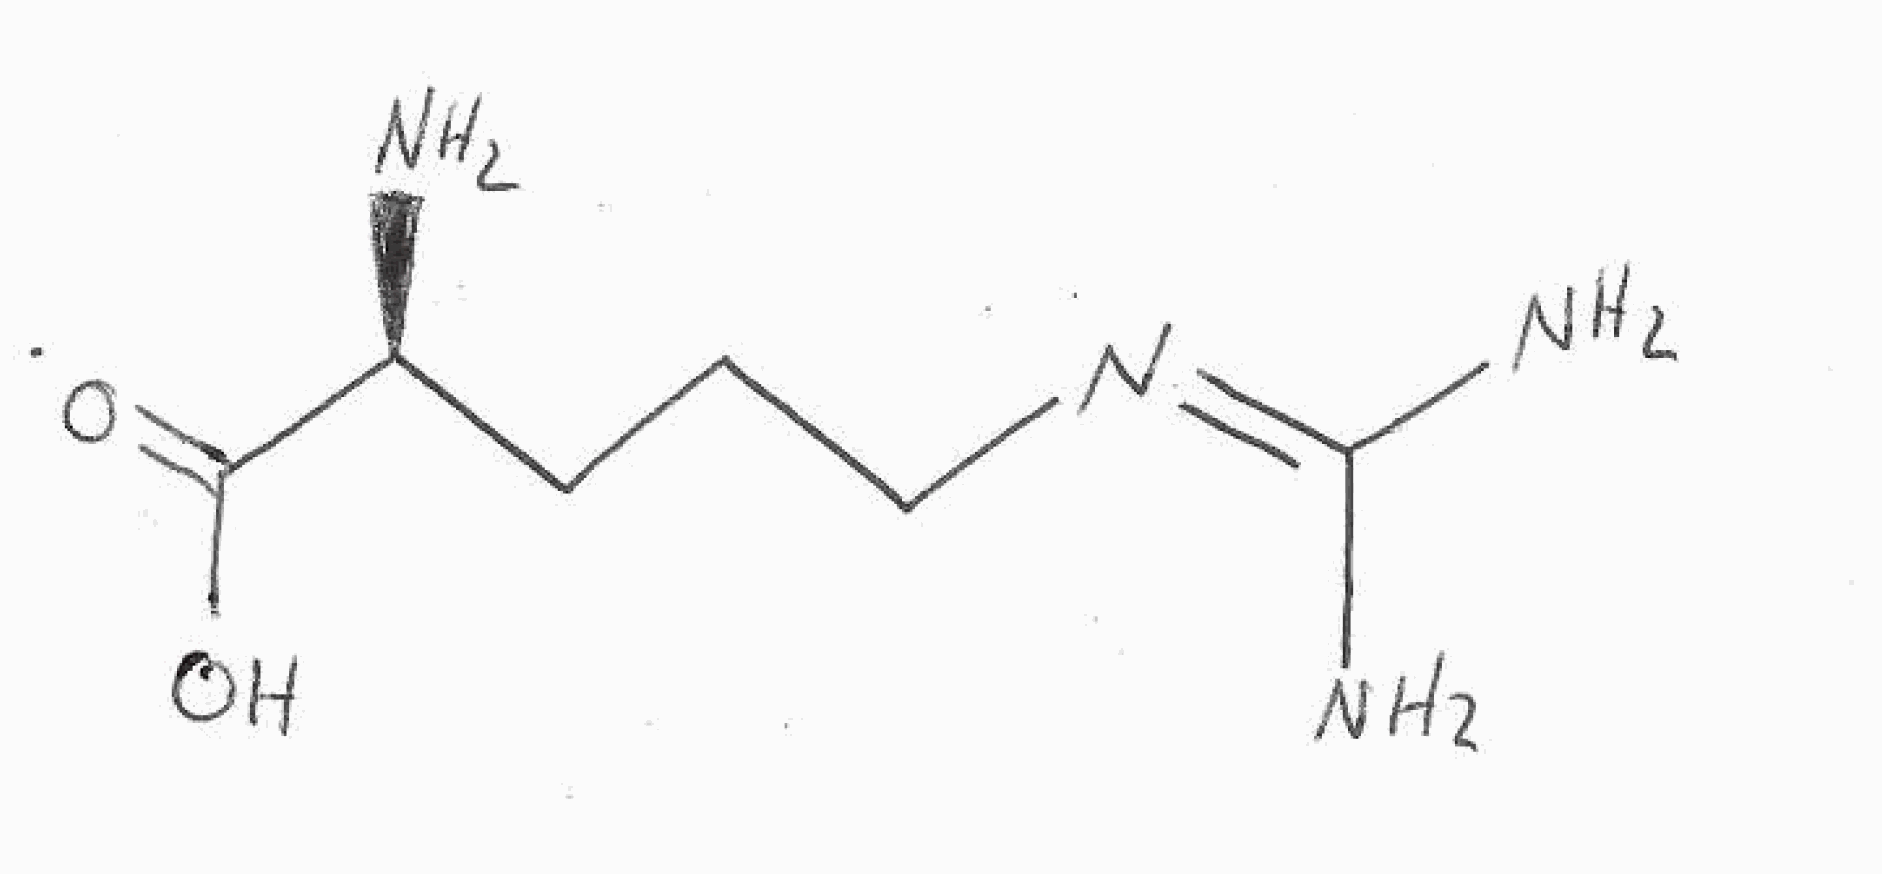
Simplified molecular-input line-entry system (SMILES) notation of the given molecule:
C(C[C@@H](C(=O)O)N)CN=C(N)N